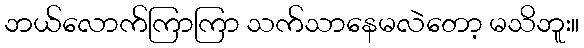
ဘယ်လောက်ကြာကြာ သက်သာနေမလဲတော့ မသိဘူး။